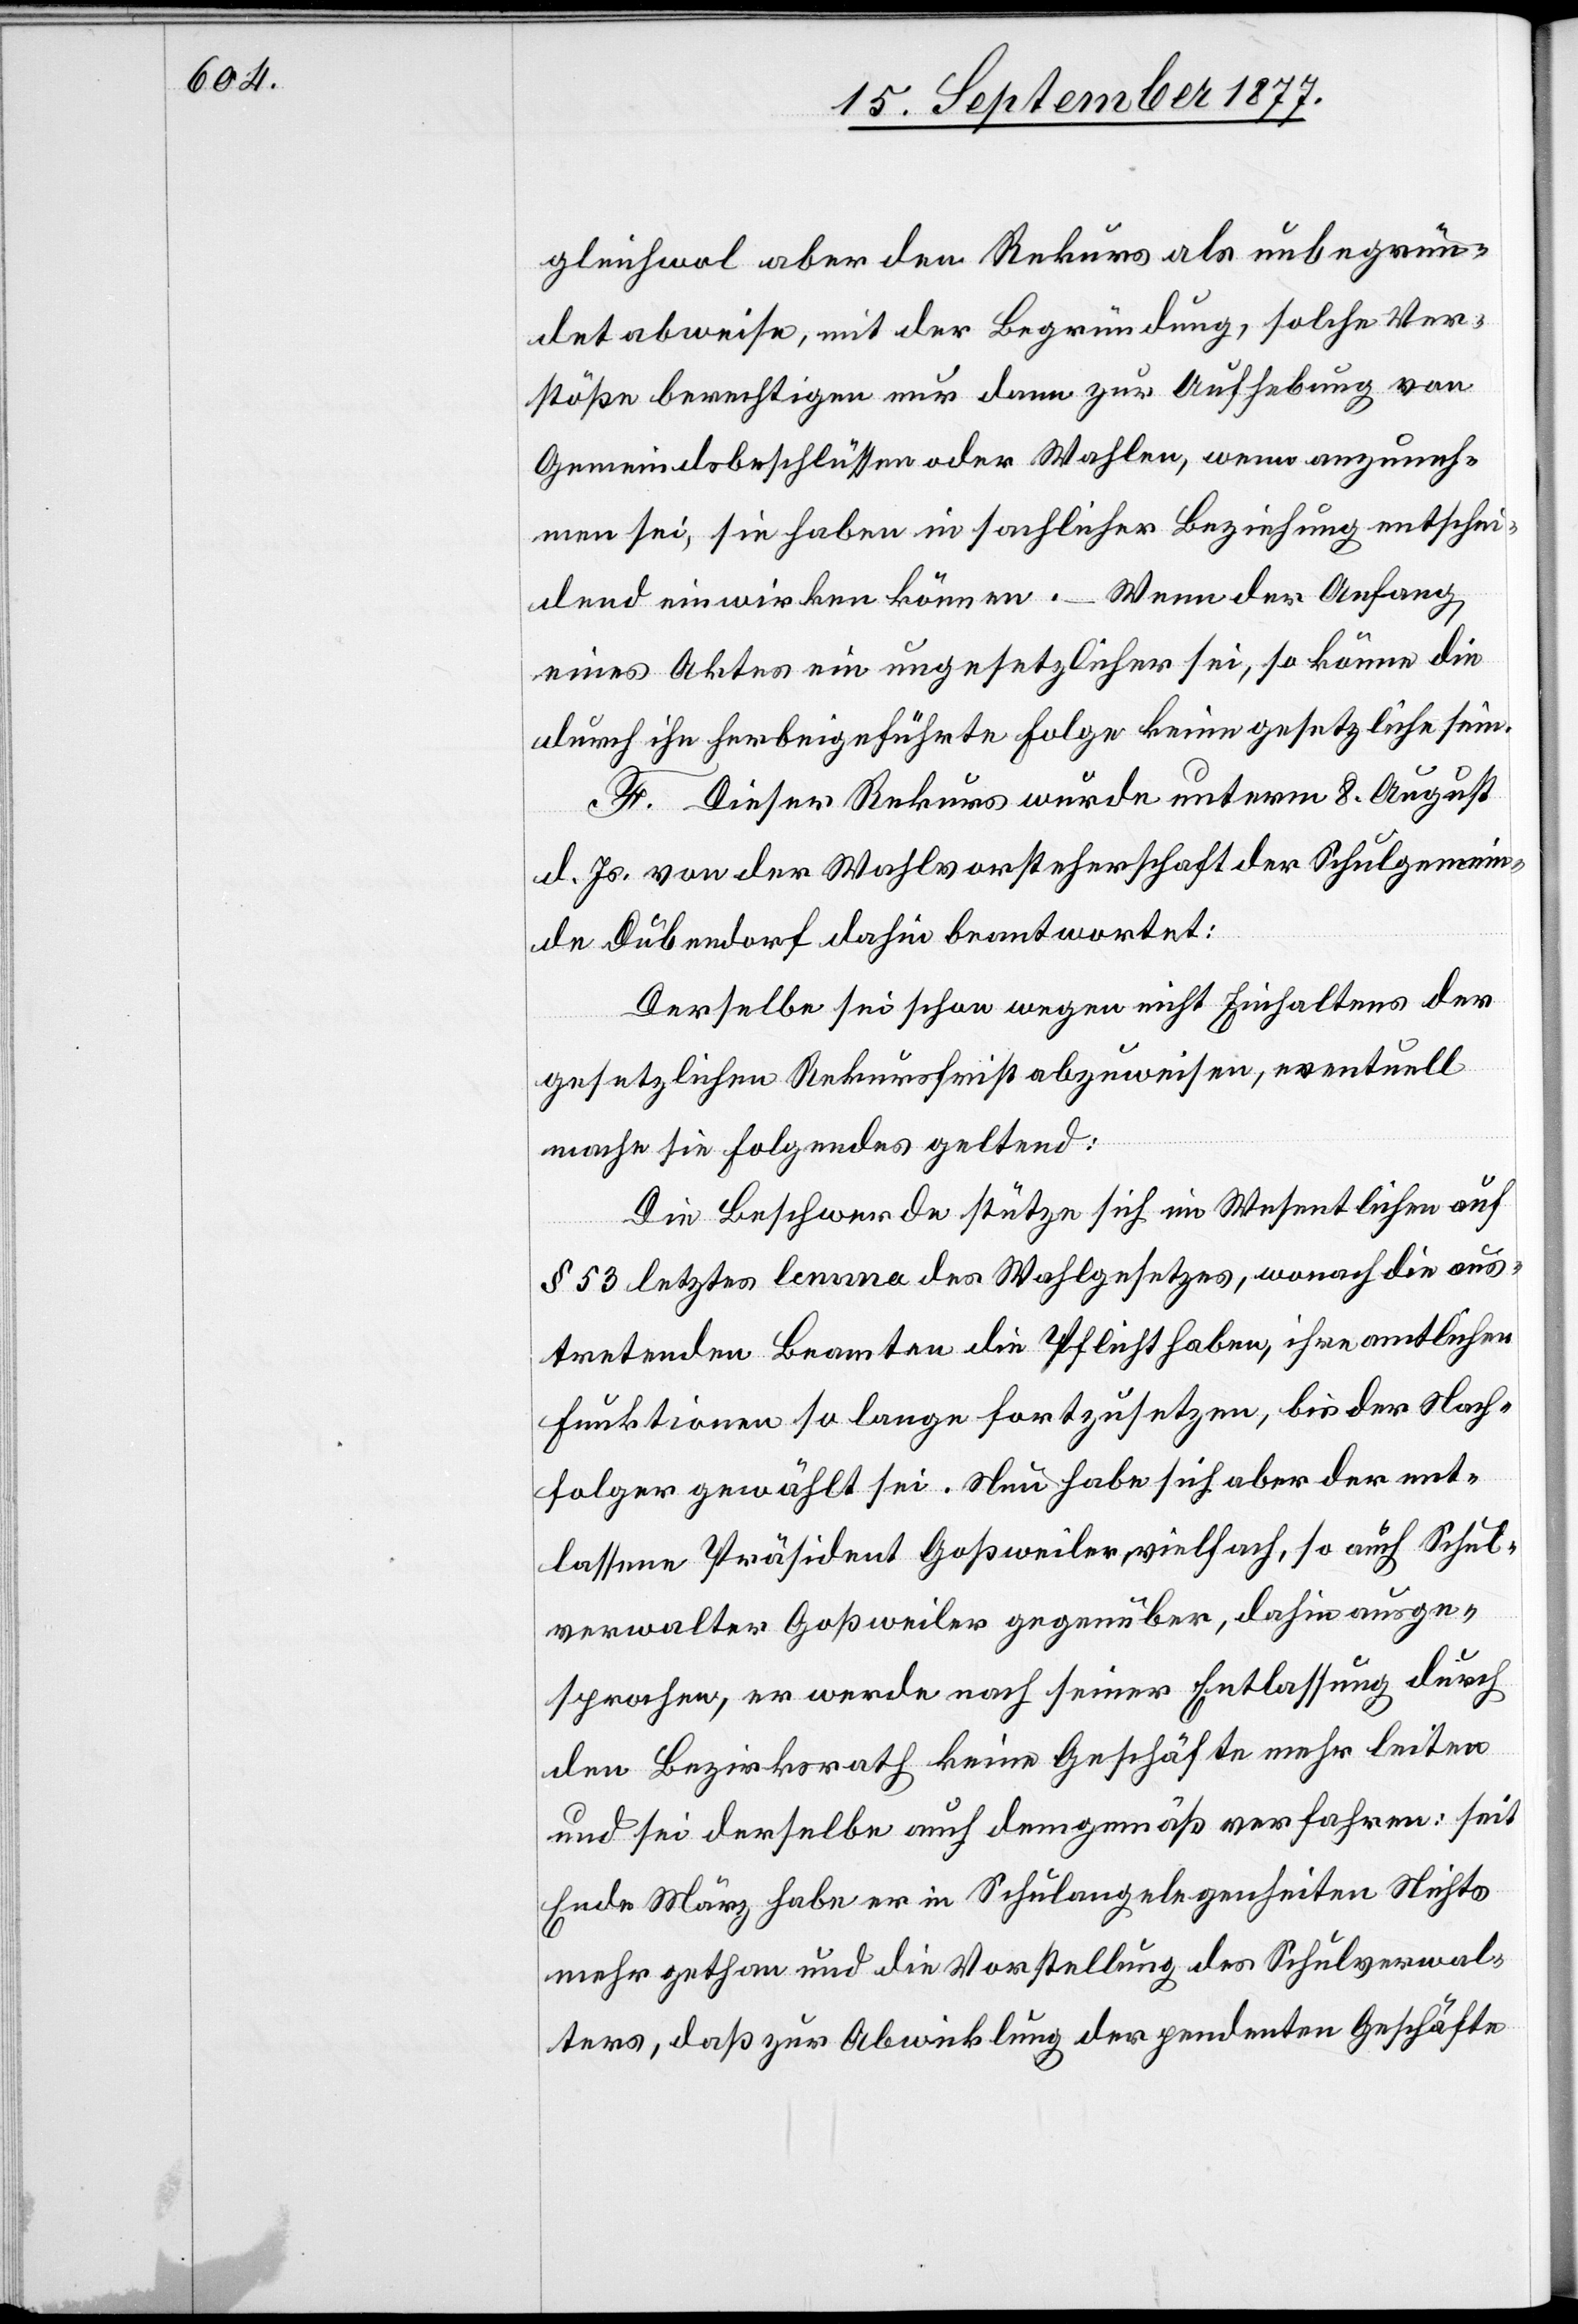
gleichwol aber den Rekurs als unbegrün¬
det abweise, mit der Begründung, solche Ver¬
stöße berechtigen nur dann zur Aufhebung von
Gemeindsbeschlüssen oder Wahlen, wenn anzuneh¬
men sei, sie haben in sachlicher Beziehung entschei¬
dend einwirken können. – Wenn der Anfang
eines Aktes ein ungesetzlicher sei, so könne die
durch ihn herbeigeführte Folge keine gesetzliche sein.
F. Dieser Rekurs wurde unterm 8. August
d. Js. von der Wahlvorsteherschaft der Schulgemein¬
de Dübendorf dahin beantwortet:
Derselbe sei schon wegen nicht Einhaltens der
gesetzlichen Rekursfrist abzuweisen, eventuell
mache sie Folgendes geltend:
Die Beschwerde stütze sich im Wesentlichen auf
§ 53 letztes lemma des Wahlgesetzes, wonach die aus¬
tretenden Beamten die Pflicht haben, ihre amtlichen
Funktionen so lange fortzusetzen, bis der Nach¬
folger gewählt sei. Nun habe sich aber der ent¬
lassene Präsident Goßweiler vielfach, so auch Schul¬
verwalter Goßweiler [sic!] gegenüber, dahin ausge¬
sprochen, er werde nach seiner Entlassung durch
den Bezirksrath keine Geschäfte mehr leiten
und sei derselbe auch demgemäß verfahren; seit
Ende März habe er in Schulangelegenheiten Nichts
mehr gethan und die Vorstellung des Schulverwal¬
ters, daß zur Abwicklung der pendenten Geschäfte